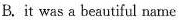
B. it was a beautiful name